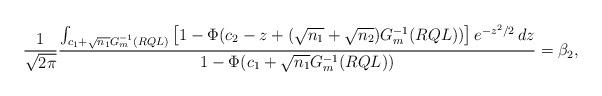
LaTeX: \begin{align*} \frac{1}{\sqrt{2\pi}} \frac{ \int_{c_1+\sqrt{n_1}G_m^{-1}(RQL) } \left[ 1 - \Phi( c_2 - z + (\sqrt{n_1} + \sqrt{n_2}) G_m^{-1}(RQL) ) \right] e^{-z^2/2} \, dz } { 1- \Phi( c_1 + \sqrt{n_1} G_m^{-1}(RQL) ) } = \beta_2,\end{align*}